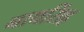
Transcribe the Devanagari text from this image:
नाथसिंह